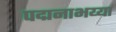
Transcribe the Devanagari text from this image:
पद्मनाभय्या